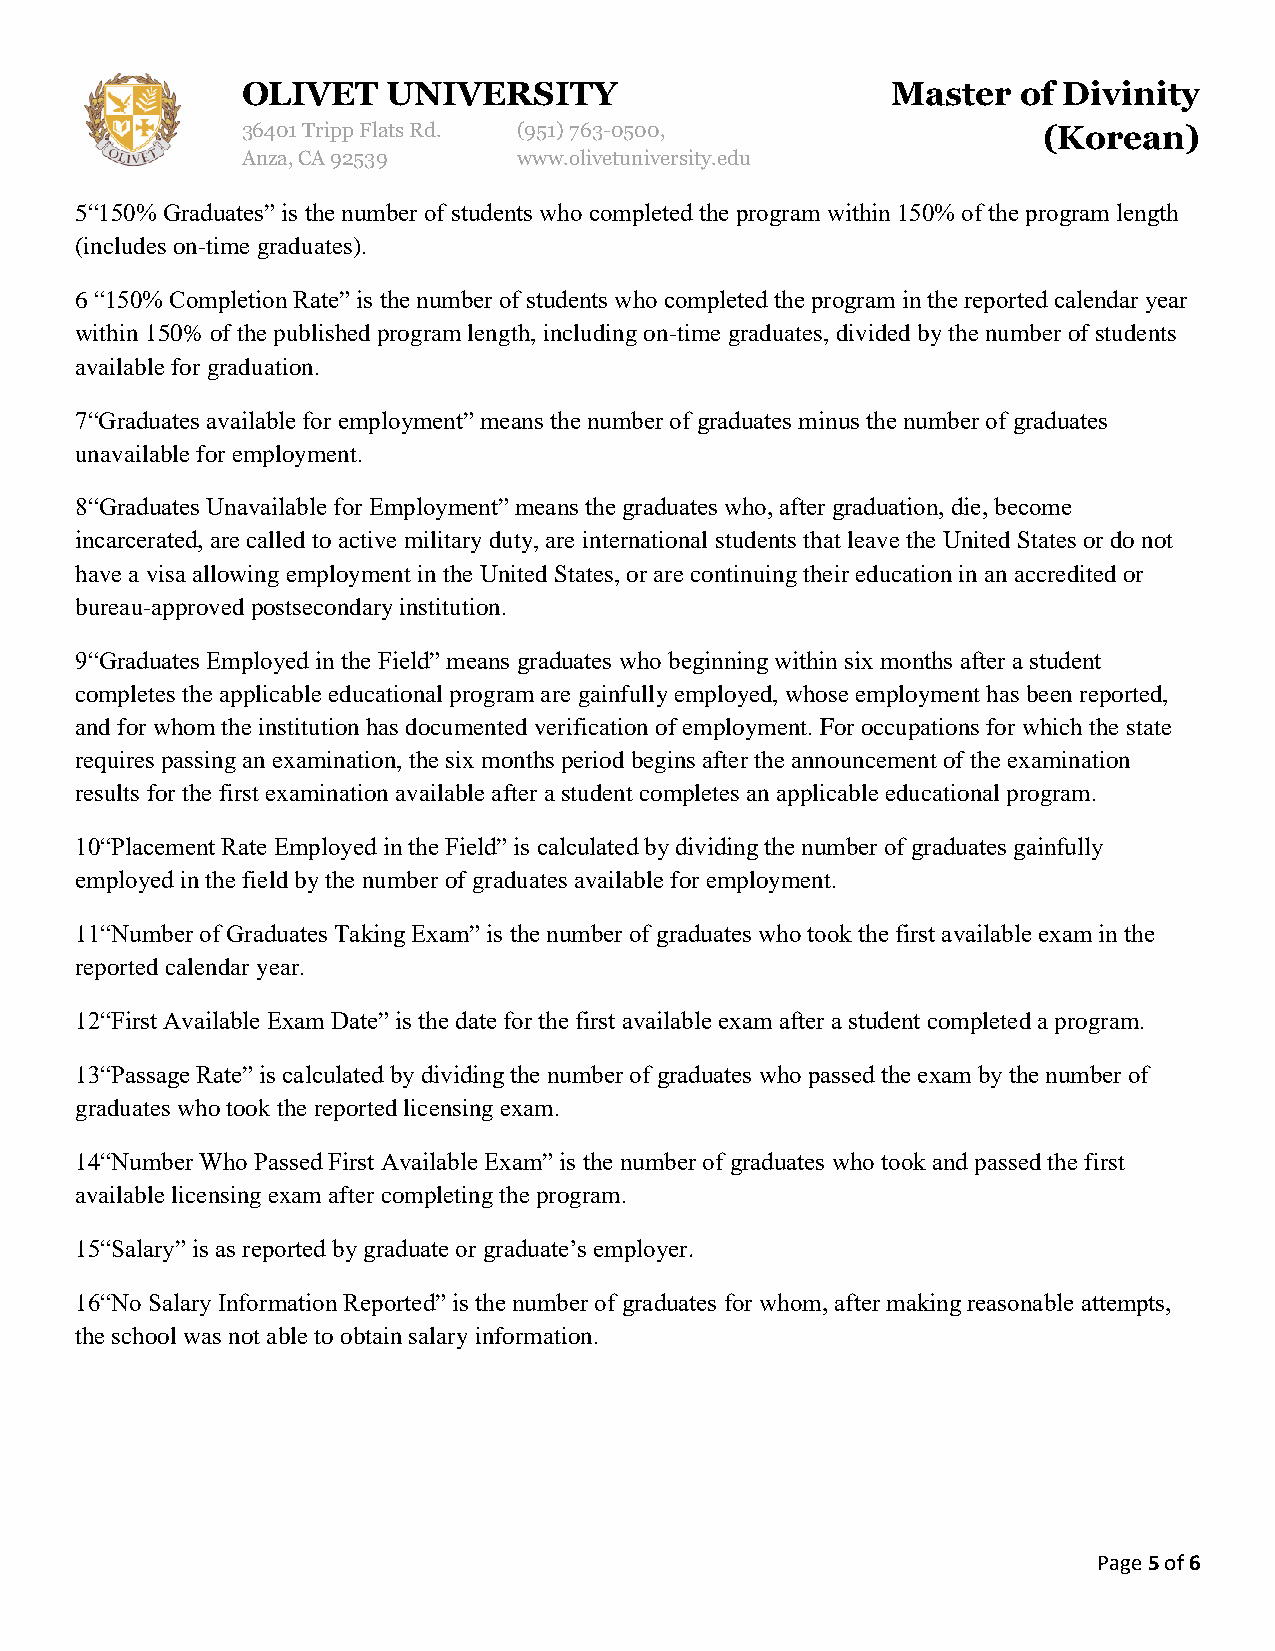
OLIVET    UNIVERSITY                       Master   of Divinity
 36401 Tripp Flats Rd. (951)763-0500,                 (Korean)
 Anza, CA 92539    www.olivetuniversity.edu
 5“150% Graduates” is the number of students who completed the program within 150% of the program length
 (includes on-time graduates).
 6 “150% Completion Rate” is the number of students who completed the program in the reported calendar year
 within 150% of the published program length, including on-time graduates, divided by the number of students
 available for graduation.
 7“Graduates available for employment” means the number of graduates minus the number of graduates
 unavailable for employment.
 8“Graduates Unavailable for Employment” means the graduates who, after graduation, die, become
 incarcerated, are called to active military duty, are international students that leave the United States or do not
 have a visa allowing employment in the United States, or are continuing their education in an accredited or
 bureau-approved postsecondary institution.
 9“Graduates Employed in the Field” means graduates who beginning within six months after a student
 completes the applicable educational program are gainfully employed, whose employment has been reported,
 and for whom the institution has documented verification of employment. For occupations for which the state
 requires passing an examination, the six months period begins after the announcement of the examination
 results for the first examination available after a student completes an applicable educational program.
 10“Placement Rate Employed in the Field” is calculated by dividing the number of graduates gainfully
 employed in the field by the number of graduates available for employment.
 11“Number of Graduates Taking Exam” is the number of graduates who took the first available exam in the
 reported calendar year.
 12“First Available Exam Date” is the date for the first available exam after a student completed a program.
 13“Passage Rate” is calculated by dividing the number of graduates who passed the exam by the number of
 graduates who took the reported licensing exam.
 14“Number Who Passed First Available Exam” is the number of graduates who took and passed the first
 available licensing exam after completing the program.
 15“Salary” is as reported by graduate or graduate’s employer.
 16“No Salary Information Reported” is the number of graduates for whom, after making reasonable attempts,
 the school was not able to obtain salary information.
 Page 5 of 6